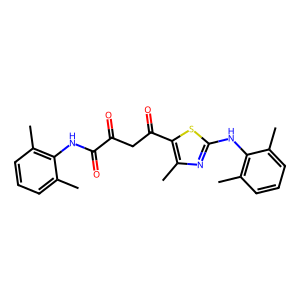
SMILES: Cc1cccc(C)c1NC(=O)C(=O)CC(=O)c1sc(Nc2c(C)cccc2C)nc1C
Inhibits HIV replication: No